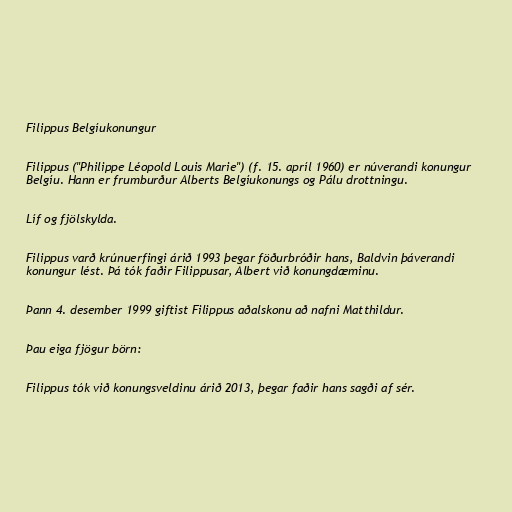
Filippus Belgíukonungur

Filippus ("Philippe Léopold Louis Marie") (f. 15. apríl 1960) er núverandi konungur
Belgíu. Hann er frumburður Alberts Belgíukonungs og Pálu drottningu.

Líf og fjölskylda.

Filippus varð krúnuerfingi árið 1993 þegar föðurbróðir hans, Baldvin þáverandi
konungur lést. Þá tók faðir Filippusar, Albert við konungdæminu.

Þann 4. desember 1999 giftist Filippus aðalskonu að nafni Matthildur.

Þau eiga fjögur börn:

Filippus tók við konungsveldinu árið 2013, þegar faðir hans sagði af sér.